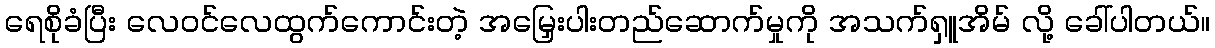
ရေစိုခံပြီး လေဝင်လေထွက်ကောင်းတဲ့ အမြှေးပါးတည်ဆောက်မှုကို အသက်ရှူအိမ် လို့ ခေါ်ပါတယ်။